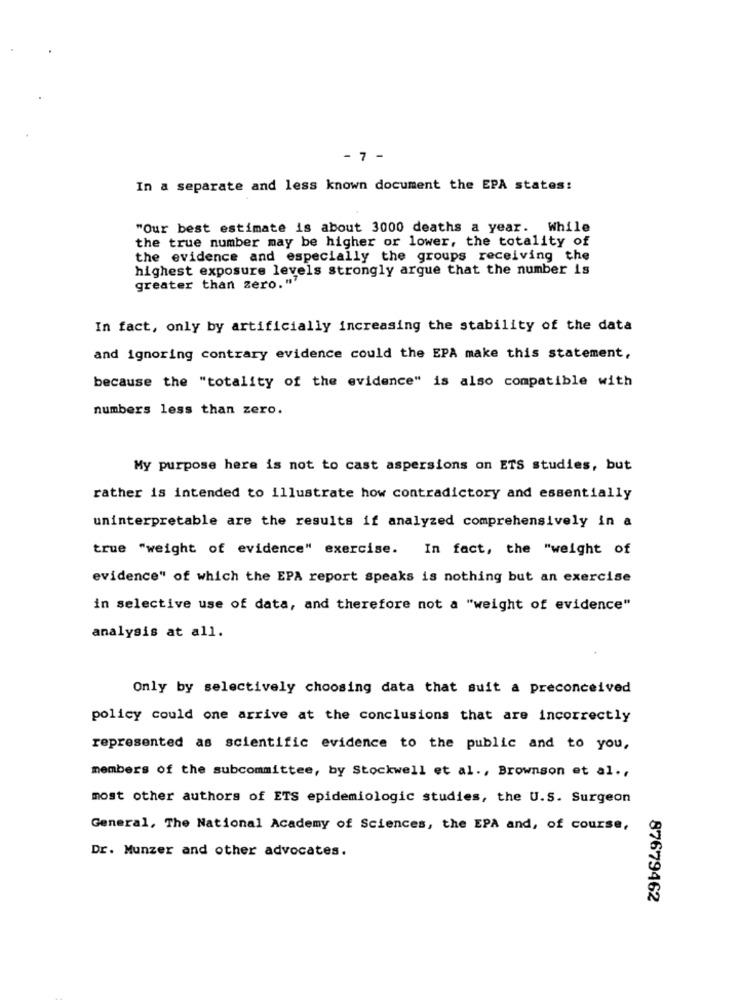
7 -
In a separate and less known document the EPA states:
"Our best estimate is about 3000 deaths a year. While
the true number may be higher or lower, the totality of
the evidence and especially the groups receiving the
highest exposure levels strongly argue that the number is
greater than zero.""
In fact, only by artificially increasing the stability of the data
and ignoring contrary evidence could the EPA make this statement,
because the "totality of the evidence" is also compatible with
numbers less than zero.
My purpose here is not to cast aspersions on ETS studies, but
rather is intended to illustrate how contradictory and essentially
uninterpretable are the results if analyzed comprehensively in a
true "weight of evidence" exercise. In fact, the "weight of
evidence" of which the EPA report speaks is nothing but an exercise
in selective use of data, and therefore not a "weight of evidence"
analysis at all.
Only by selectively choosing data that suit a preconceived
policy could one arrive at the conclusions that are incorrectly
represented as scientific evidence to the public and to you,
members of the subcommittee, by Stockwell et al ., Brownson et al .,
most other authors of ETS epidemiologic studies, the U.S. Surgeon
General, The National Academy of Sciences, the EPA and, of course,
Dr. Munzer and other advocates.
87679462